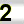
Digit: 2